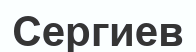
Сергиев